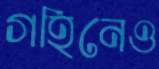
গহিনেও